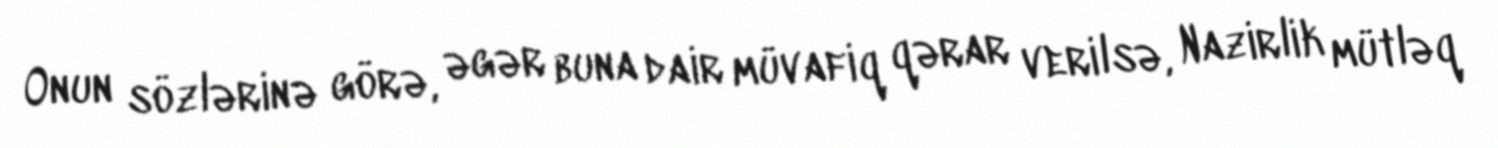
Onun sözlərinə görə, əgər buna dair müvafiq qərar verilsə, Nazirlik mütləq